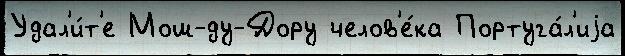
Удал'и́т'е Мош-ду-Дору челов'е́ка Португа́л'иjа